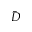
\bar { D }